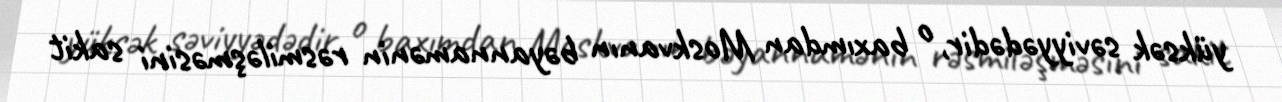
yüksək səviyyədədir, o baxımdan Moskvanın bəyannamənin rəsmiləşməsini sakit